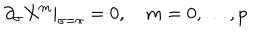
LaTeX: \partial _ { \sigma } X ^ { m } | _ { \sigma = \pi } = 0 , \quad m = 0 , \ldots , p